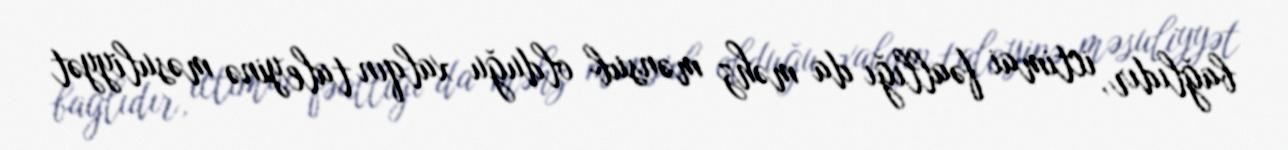
bağlıdır, ictimai fəallığı da məhz mənsub olduğu xalqın taleyinə məsuliyyət